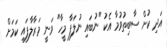
އަދި ކުށް ސާބިތުވުމާ އެކު "ނުބައި ނުލަފާ މީހާ" ވަނީ މަރާލާފައި ކަމަށް